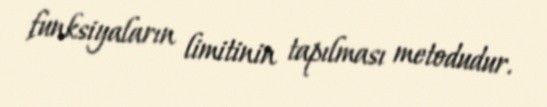
funksiyaların limitinin tapılması metodudur.